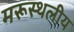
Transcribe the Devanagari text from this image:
मरूस्‍थलीय